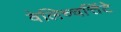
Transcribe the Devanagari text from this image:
वेलिच्चत्तिंटे